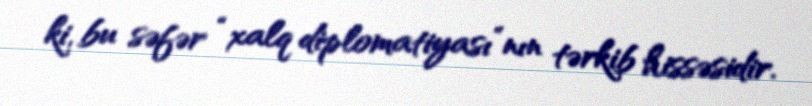
ki, bu səfər “xalq diplomatiyası”nın tərkib hissəsidir.